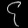
Digit: ၄